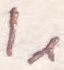
Text: I1